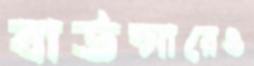
বাউন্সারেও